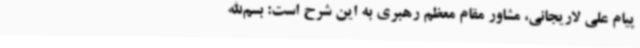
پیام علی لاریجانی، مشاور مقام معظم رهبری به این شرح است: بسم‌الله